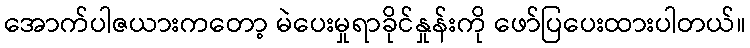
အောက်ပါဇယားကတော့ မဲပေးမှုရာခိုင်နှုန်းကို ဖော်ပြပေးထားပါတယ်။